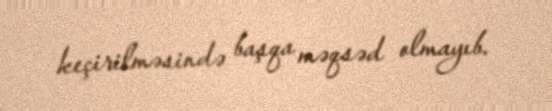
keçirilməsində başqa məqsəd olmayıb.